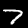
Label: 7